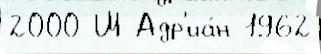
2000 Ш Адр'иа́н 1962